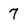
Character: 7